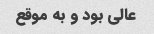
عالی بود و به موقع